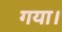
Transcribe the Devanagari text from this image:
गया।